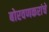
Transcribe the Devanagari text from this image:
बोरवणकरांचे